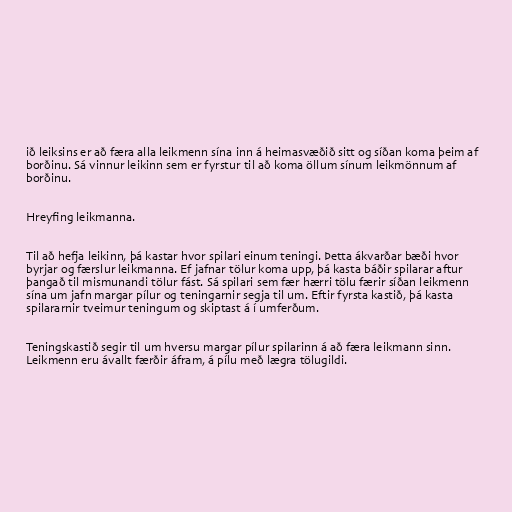
ið leiksins er að færa alla leikmenn sína inn á heimasvæðið sitt og síðan koma þeim af
borðinu. Sá vinnur leikinn sem er fyrstur til að koma öllum sínum leikmönnum af
borðinu.

Hreyfing leikmanna.

Til að hefja leikinn, þá kastar hvor spilari einum teningi. Þetta ákvarðar bæði hvor
byrjar og færslur leikmanna. Ef jafnar tölur koma upp, þá kasta báðir spilarar aftur
þangað til mismunandi tölur fást. Sá spilari sem fær hærri tölu færir síðan leikmenn
sína um jafn margar pílur og teningarnir segja til um. Eftir fyrsta kastið, þá kasta
spilararnir tveimur teningum og skiptast á í umferðum.

Teningskastið segir til um hversu margar pílur spilarinn á að færa leikmann sinn.
Leikmenn eru ávallt færðir áfram, á pílu með lægra tölugildi.